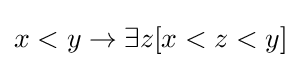
x<y\rightarrow \exists z[x<z<y]